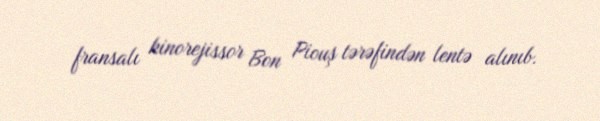
fransalı kinorejissor Bon Piouş tərəfindən lentə alınıb.